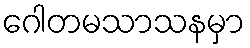
ဂေါတမသာသနမှာ